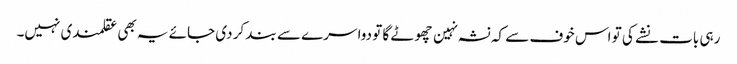
رہی بات نشے کی تو اس خوف سے کہ نشہ نہین چھوٹے گا تو دوا سرے سے بند کر دی جائے یہ بھی عقلمندی نہیں۔